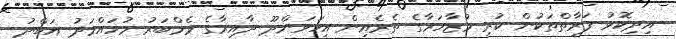
އިދިކޮޅު ފަރާތްތަކުން ކުރި މުޒާހަރާގެ ތެރެއިން އިހަވަންދޫ ދާއިރާގެ މެމްބަރު މުހައްމަދު އަބްދު